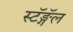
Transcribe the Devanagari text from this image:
स्टॅङ्गॅल